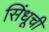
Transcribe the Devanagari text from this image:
सिंधूची